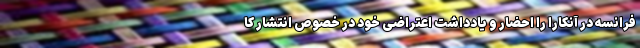
فرانسه در آنکارا را احضار و یادداشت اعتراضی خود در خصوص انتشار کا